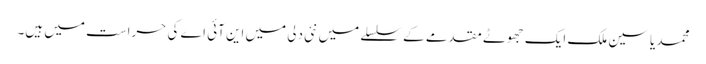
محمد یاسین ملک ایک جھوٹے مقدمے کے سلسلے میں نئی دلی میں این آئی اے کی حراست میں ہیں۔